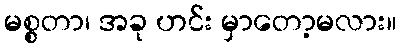
မစ္စတာ၊ အခု ဟင်း မှာတော့မလား။